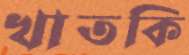
খাতকি